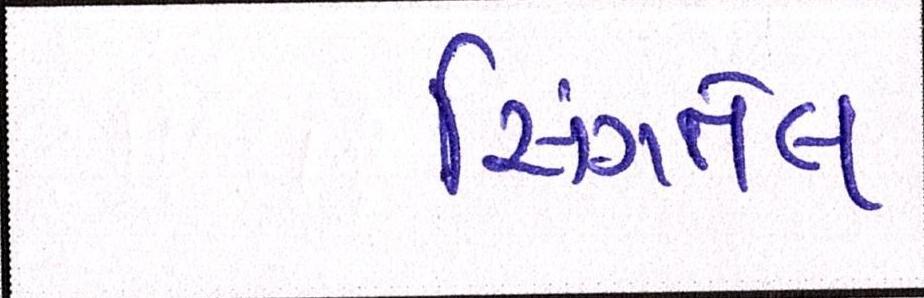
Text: સિંગતેલ